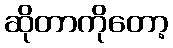
ဆိုတာကိုတော့